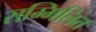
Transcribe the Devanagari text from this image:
सम्मिलित